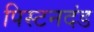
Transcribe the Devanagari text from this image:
पिस्टनदंड